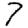
Digit: 7